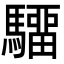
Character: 驑